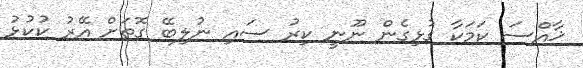
ޚާއްސަ ކަމަކާ ގުޅިގެން ނޫނީ ކިރު ސައި ނުލިބޭ ގޮތަށް އޭރު ކުކުޅު